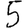
Digit: 5